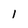
Character: 1